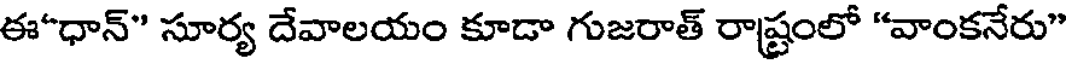
ఈ"ధాన్" సూర్య దేవాలయం కూడా గుజరాత్ రాష్ట్రంలో "వాంకనేరు"